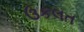
ઉકલત